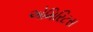
એમિરિટસ